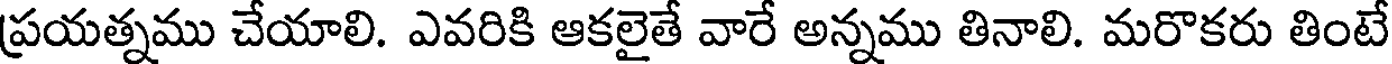
ప్రయత్నము చేయాలి. ఎవరికి ఆకలైతే వారే అన్నము తినాలి. మరొకరు తింటే